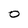
Character: O